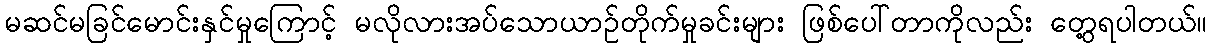
မဆင်မခြင်မောင်းနှင်မှုကြောင့် မလိုလားအပ်သောယာဉ်တိုက်မှုခင်းများ ဖြစ်ပေါ်တာကိုလည်း တွေ့ရပါတယ်။